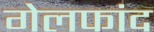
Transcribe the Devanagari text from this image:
गेलफांद